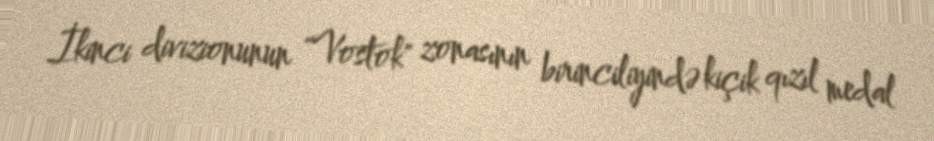
İkinci divizionunun "Vostok" zonasının birinciliyində kiçik qızıl medal